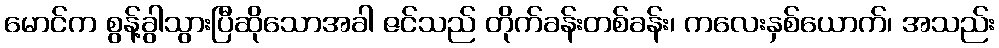
မောင်က စွန့်ခွါသွားပြီဆိုသောအခါ ဇင်သည် တိုက်ခန်းတစ်ခန်း၊ ကလေးနှစ်ယောက်၊ အသည်း